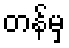
တန်မှ